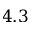
4 . 3